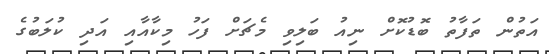
އަތުން ތަފާތު ބޮޑުކޮށް ނިއު ބަލިވި މެޗަށް ފަހު މިކާއާއި އަދި ކުލަބުގެ